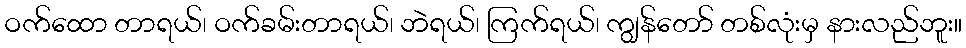
ဝက်ထော တာရယ်၊ ဝက်ခမ်းတာရယ်၊ ဘဲရယ်၊ ကြက်ရယ်၊ ကျွန်တော် တစ်လုံးမှ နားလည်ဘူး။